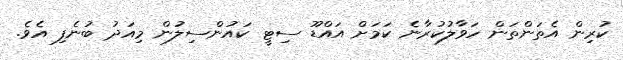
ކުރިން އެތަންތަން ހަވާލުކުރާނެ ކަމަށް އައްޑޫ ސިޓީ ކައުންސިލުން މިއަދު ބުނެފި އެވެ.